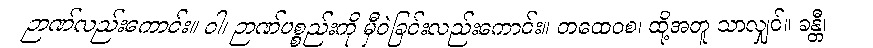
ဉာဏ်လည်းကောင်း။ ဝါ၊ ဉာဏ်ပစ္စည်းကို မှီဝဲခြင်းလည်းကောင်း။ တထေဝစ၊ ထို့အတူ သာလျှင်။ ခန္တီ၊